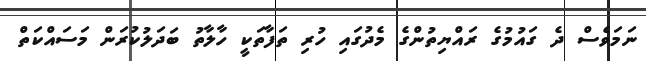
ނަމަވެސް ދެ ގައުމުގެ ރައްޔިތުންގެ މެދުގައި ހުރި ތަފާތަކީ ހާލާތު ބަދަލުކުރަން މަސައްކަތް